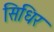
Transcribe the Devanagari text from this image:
सिधिर